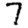
Digit: 7